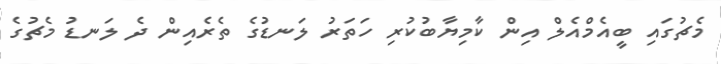
މެޗުގައި ބީއެމްއެލް އިން ކާމިޔާބުކުރި ހަތަރު ލަނޑުގެ ތެރެއިން ދެ ލަނޑު މެޗުގެ